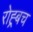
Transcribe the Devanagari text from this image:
रोह्र्बच